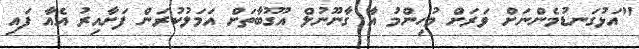
"އަޅުގަނޑުމެންނަށް ވަރަށް މުހިންމު އާ ގާނޫނުލް އުގޫބާތަށް އަމަލުކުރަން ފަށާއިރު އެއާ ފައި